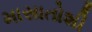
માસાતોશી